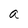
Character: a